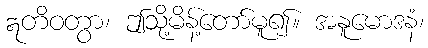
ဣတိဝတွာ၊ ဤသို့မိန့်တော်မူ၍။ အနူမောဒနံ၊